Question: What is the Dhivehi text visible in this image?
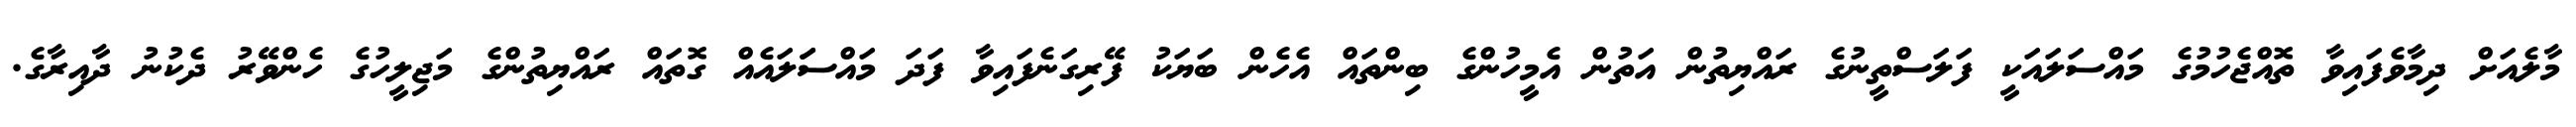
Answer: މާލެއަށް ދިމާވެފައިވާ ތޮއްޖެހުމުގެ މައްސަލައަކީ ފަލަސްތީނުގެ ރައްޔިތުން އަތުން އެމީހުންގެ ބިންތައް އެހެން ބަޔަކު ފޭރިގަނެފައިވާ ފަދަ މައްސަަލައެއް ގޮތައް ރައްޔިތުންގެ މަޖިލީހުގެ ހެންވޭރު ދެކުނު ދާއިރާގެ.